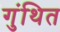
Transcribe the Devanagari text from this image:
गुंथित